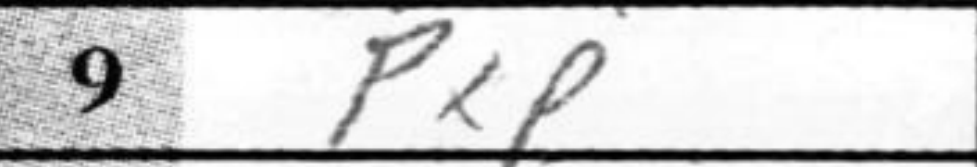
Transcription: PxP